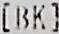
[BK]